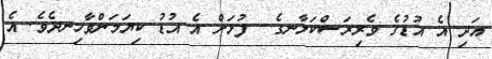
އަދި އެ އުޑުގެ ވެރިރަސްކަލާނގެ  ފުޅަށް އެ އުޑު ކިޔަމަންވާހިނދެވެ. އެ